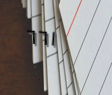
٦٦١